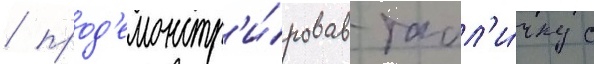
/ прод'емонстр'и́ровав табл'и́чку с